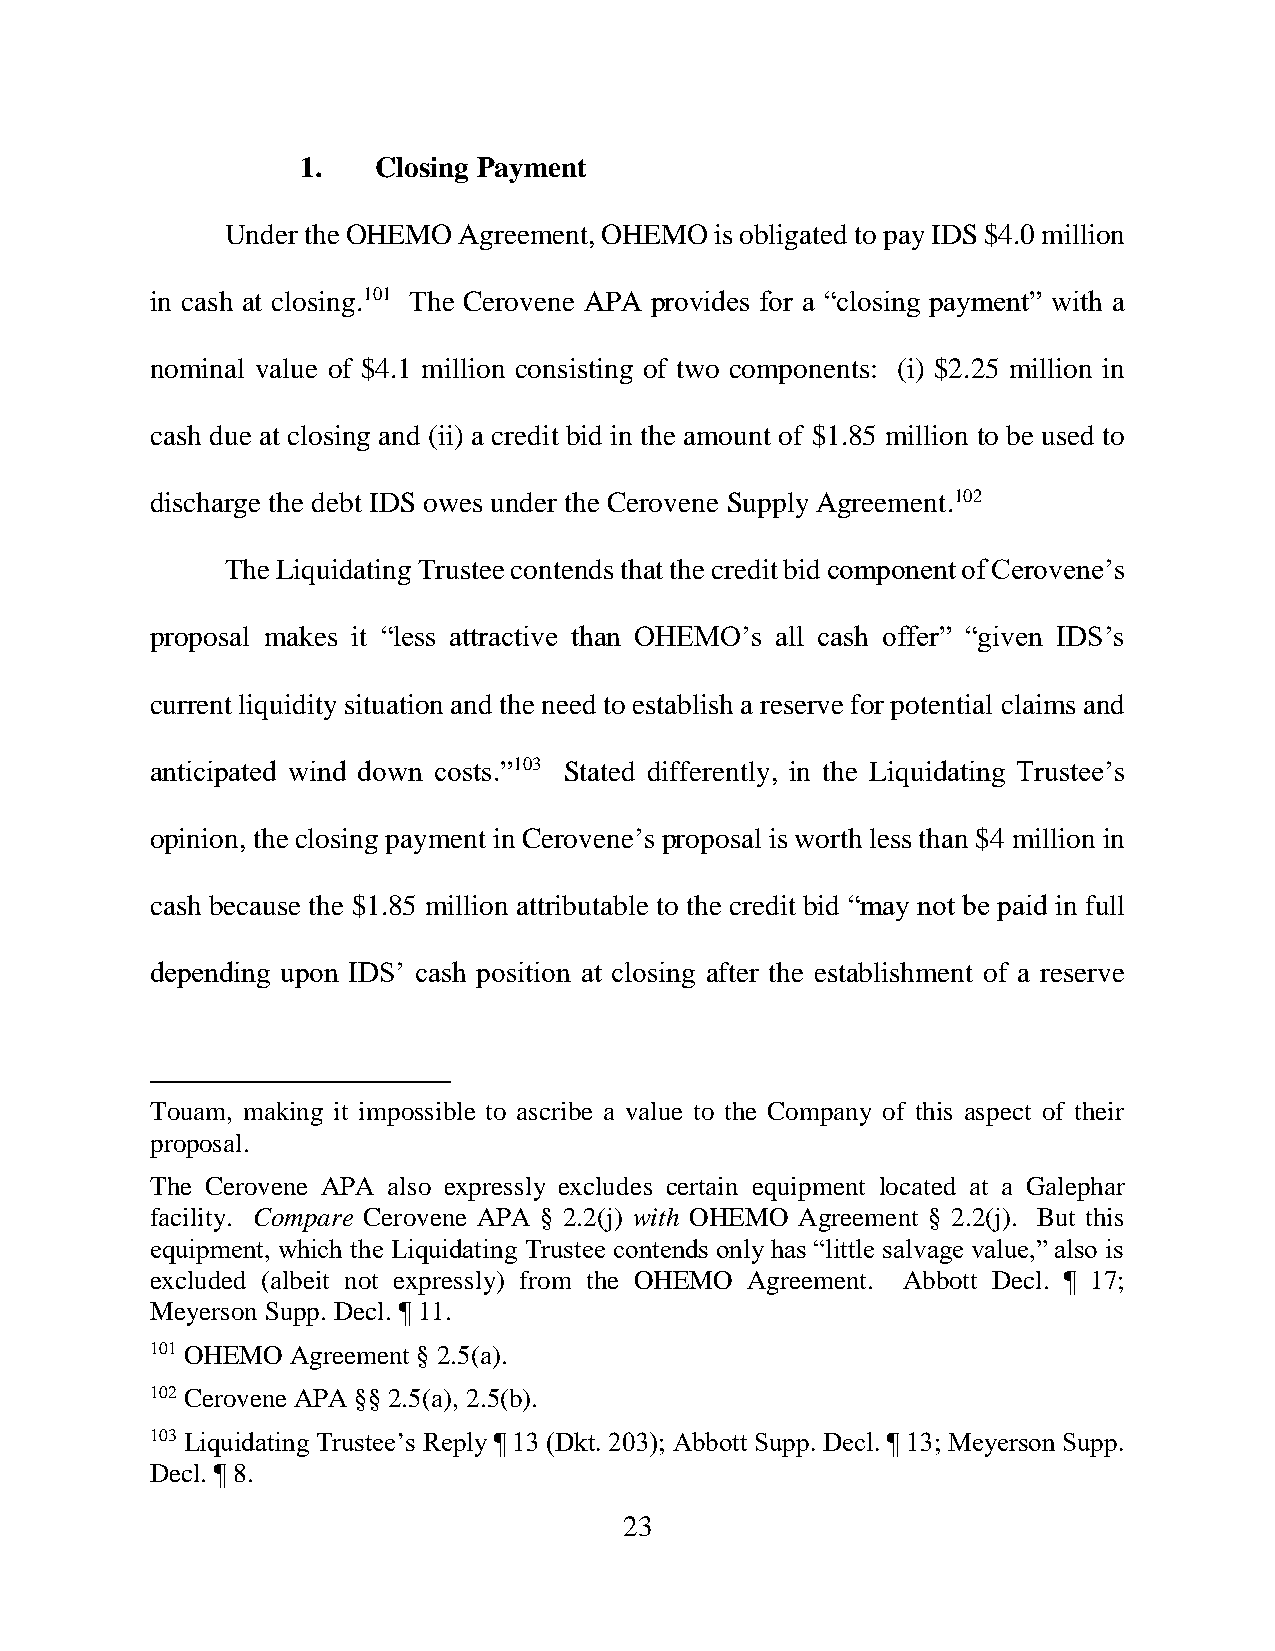
1.   Closing Payment
 Under the OHEMO Agreement, OHEMO is obligated to pay IDS $4.0 million
 in cash at closing.101 The Cerovene APA provides for a “closing payment” with a
 nominal value of $4.1 million consisting of two components: (i) $2.25 million in
 cash due at closing and (ii) a credit bid in the amount of $1.85 million to be used to
 discharge the debt IDS owes under the Cerovene Supply Agreement.102
 The Liquidating Trustee contends that the credit bid component of Cerovene’s
 proposal makes it “less attractive than OHEMO’s all cash offer” “given IDS’s
 current liquidity situation and the need to establish a reserve for potential claims and
 anticipated wind down costs.”103 Stated differently, in the Liquidating Trustee’s
 opinion, the closing payment in Cerovene’s proposal is worth less than $4 million in
 cash because the $1.85 million attributable to the credit bid “may not be paid in full
 depending upon IDS’ cash position at closing after the establishment of a reserve
 Touam, making it impossible to ascribe a value to the Company of this aspect of their
 proposal.
 The Cerovene APA also expressly excludes certain equipment located at a Galephar
 facility. Compare Cerovene APA § 2.2(j) with OHEMO Agreement § 2.2(j). But this
 equipment, which the Liquidating Trustee contends only has “little salvage value,” also is
 excluded (albeit not expressly) from the OHEMO Agreement. Abbott Decl. ¶ 17;
 Meyerson Supp. Decl. ¶ 11.
 101 OHEMO Agreement § 2.5(a).
 102 Cerovene APA §§ 2.5(a), 2.5(b).
 103 Liquidating Trustee’s Reply ¶ 13 (Dkt. 203); Abbott Supp. Decl. ¶ 13; Meyerson Supp.
 Decl. ¶ 8.
 23